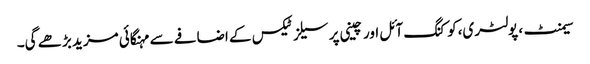
سیمنٹ، پولٹری،کوکنگ آئل اور چینی پر سیلز ٹیکس کے اضافے سے مہنگائی مزید بڑھے گی۔